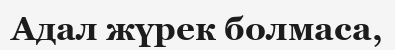
Адал жүрек болмаса,